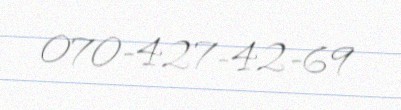
070-427-42-69